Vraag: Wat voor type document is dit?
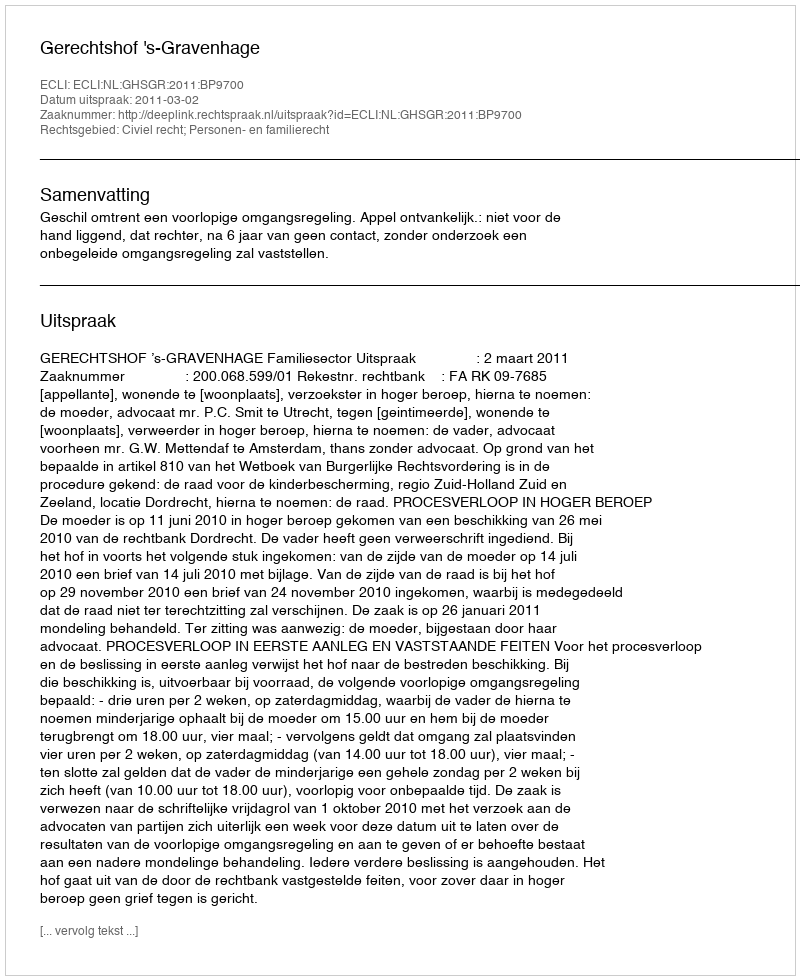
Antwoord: Uitspraak